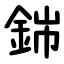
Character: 銟